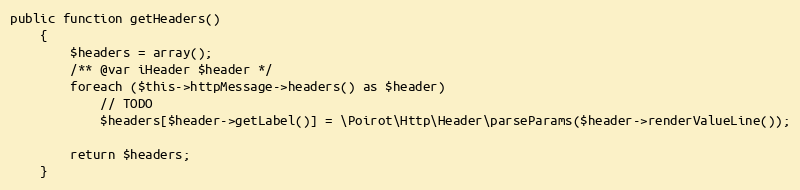
Language: PHP
public function getHeaders()
    {
        $headers = array();
        /** @var iHeader $header */
        foreach ($this->httpMessage->headers() as $header)
            // TODO
            $headers[$header->getLabel()] = \Poirot\Http\Header\parseParams($header->renderValueLine());

        return $headers;
    }